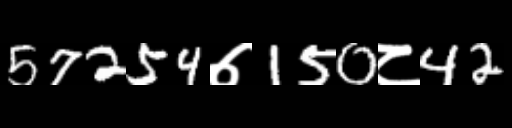
Text: 57254७150८42